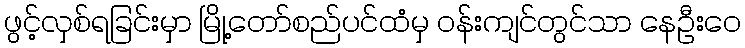
ဖွင့်လှစ်ရခြင်းမှာ မြို့တော်စည်ပင်ထံမှ ဝန်းကျင်တွင်သာ နေဦးဝေ